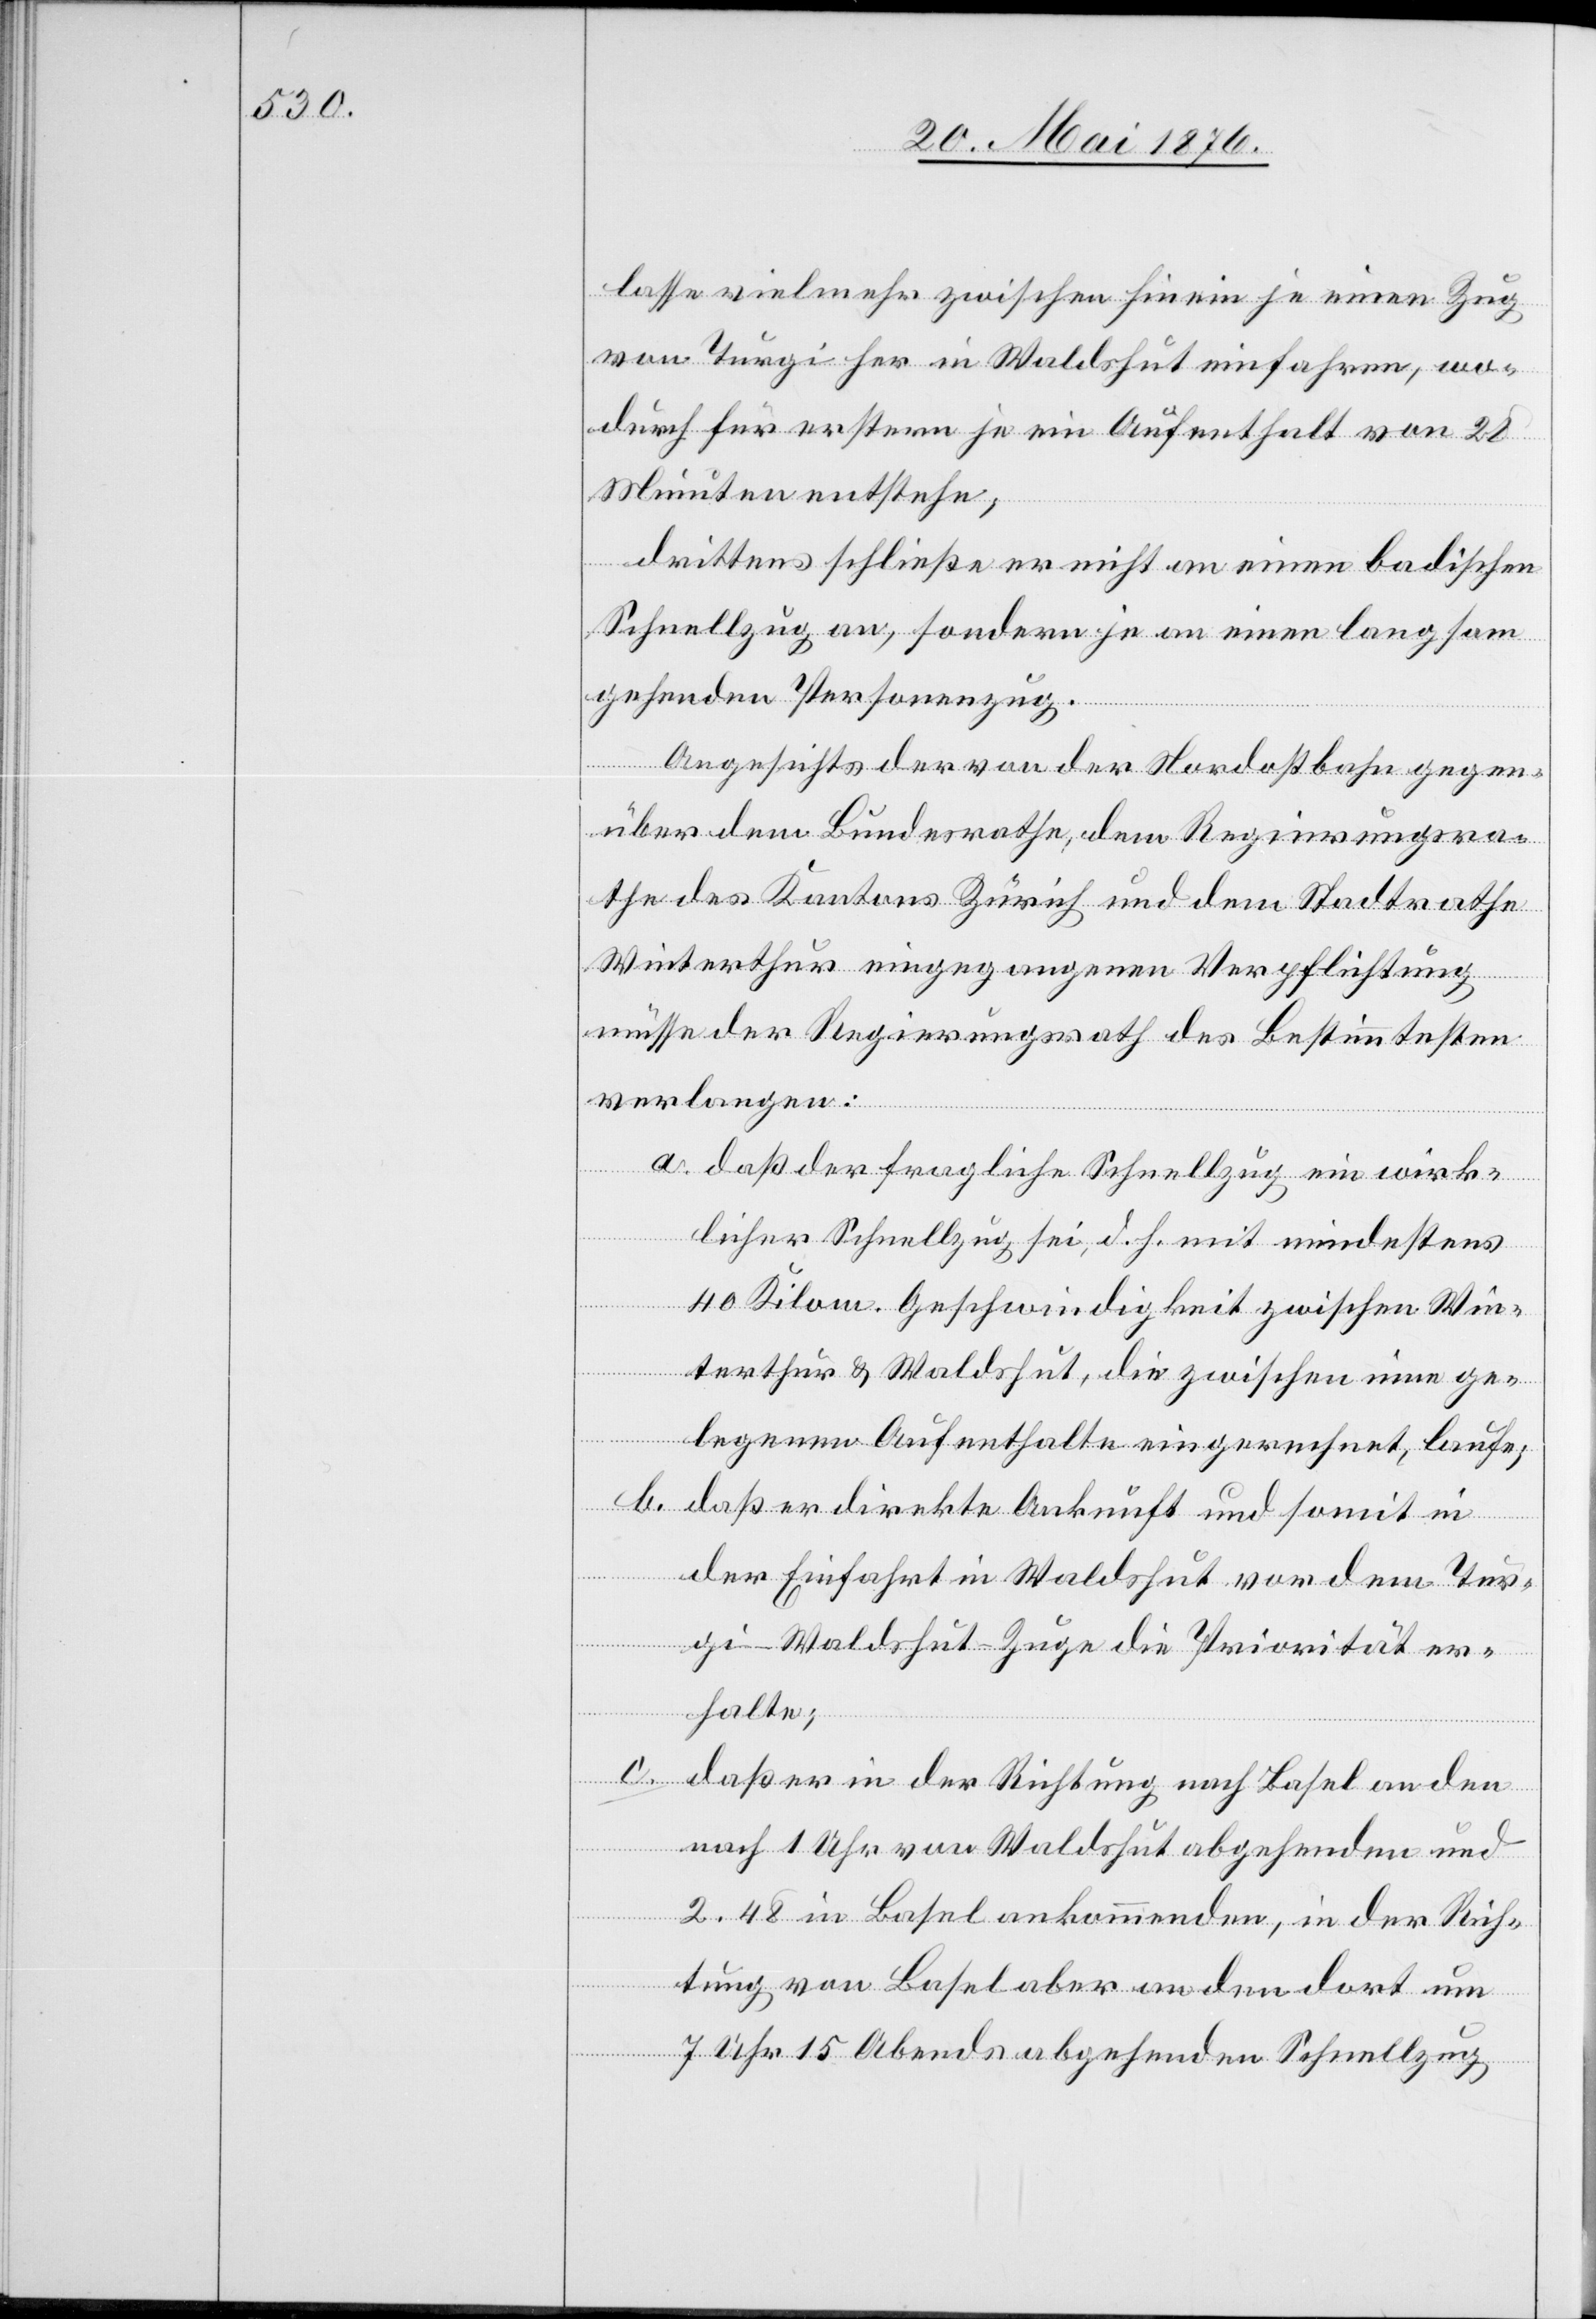
lasse vielmehr zwischen hinein je einen Zug
von Turgi her in Waldshut einfahren, wo¬
durch für erstern je ein Aufenthalt von 20
Minuten entstehe;
drittens schließe er nicht an einen badischen
Schnellzug an, sondern je an einen langsam
gehenden Personenzug.
Angesichts der von der Nordostbahn gegen¬
über dem Bundesrath, dem Regierungsra¬
the des Kantons Zürich und dem Stadtrathe
Winterthur eingegangenen Verpflichtung
müsse der Regierungsrath des Bestimmtesten
verlangen:
a. daß der fragliche Schnellzug ein wirk¬
licher Schnellzug sei, d. h. mit mindestens
40 Kilom. Geschwindigkeit zwischen Win¬
terthur & Waldshut, die zwischen inne ge¬
legenen Aufenthalte eingerechnet, laufe;
b. daß er direkte Ankunft und somit in
der Einfahrt in Waldshut vor dem Tur¬
gi–Waldshut–Zuge die Priorität er¬
halte;
c. daß er in der Richtung nach Basel an den
nach 1 Uhr von Waldshut abgehenden und
2.48 in Basel ankommenden, in der Rich¬
tung von Basel an den dort um
7 Uhr 15 Abends abgehenden Schnellzug